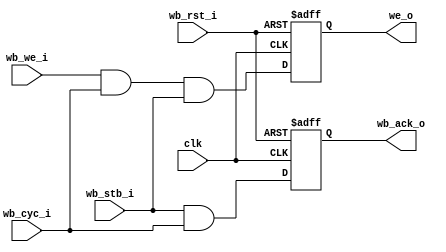
module UART_wb (clk,
        wb_rst_i, 
	//wb_dat_i, wb_dat_o, wb_addr_i,
	wb_we_i, wb_stb_i, wb_cyc_i, wb_ack_o, 
        //int_o,
	we_o // Write enable output for the core
	//dat_i, dat_o, addr_i
	
        );

input				clk;

// WISHBONE interface	
input				wb_rst_i;
//input   [`ADDR_WIDTH-1:0]	wb_addr_i;
//input   [7:0]			wb_dat_i;
//output  [7:0]			wb_dat_o;
input				wb_we_i;
input				wb_stb_i;
input				wb_cyc_i;
output				wb_ack_o;
//output				int_o;
output				we_o;
//output	[`ADDR_WIDTH-1:0]	addr_i;
//output	[7:0]			dat_i;

reg				we_o;
reg				wb_ack_o;
//reg	[7:0]			wb_dat_i;
//reg	[7:0]			wb_dat_o;
//reg	[`ADDR_WIDTH-1:0]	wb_addr_i;
always @(posedge clk or posedge wb_rst_i)
begin
	if (wb_rst_i == 1)
	begin
		we_o <= #1 0;
		wb_ack_o <= #1 0;
	end
	else
	begin
		we_o <= #1 wb_we_i & wb_cyc_i & wb_stb_i; //WE for registers	
		wb_ack_o <= #1 wb_stb_i & wb_cyc_i; // 1 clock wait state on all transfers
	end
end

endmodule